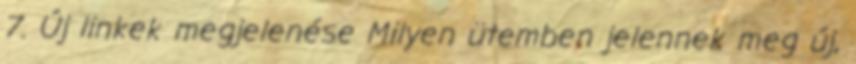
7. Új linkek megjelenése Milyen ütemben jelennek meg új,